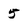
Character: 5